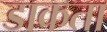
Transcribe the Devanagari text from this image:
डाकता